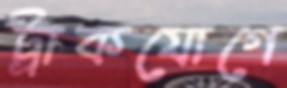
ট্রাকযোগে